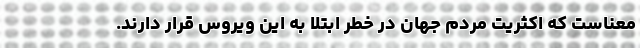
معناست که اکثریت مردم جهان در خطر ابتلا به این ویروس قرار دارند.